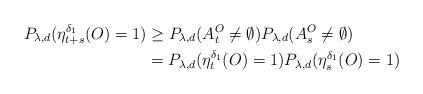
LaTeX: \begin{align*}P_{\lambda,d}(\eta_{t+s}^{\delta_1}(O)=1)&\geq P_{\lambda,d}(A_t^O\neq \emptyset)P_{\lambda,d}(A_s^O\neq \emptyset)\\&=P_{\lambda,d}(\eta_{t}^{\delta_1}(O)=1)P_{\lambda,d}(\eta_{s}^{\delta_1}(O)=1)\end{align*}